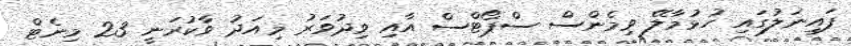
ފައިނަލުގައި ހުޅުމާލޭ ވިމެންސް ސްޕޯޓްސް އާއި ވިދުވަރު މިއަދު ވާކުރަނީ 23 މިނެޓް